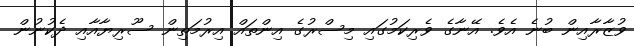
ވުޒާރާއިން ބުނެ އެވެ. އޭނާގެ ވެރިކަމުގައި މިސްރުގެ އިންތައް އިރުމަތިން ސޫރިޔާއާއި ދެކުނުން